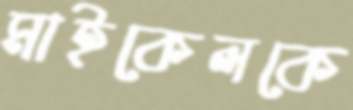
মাইকেলকে